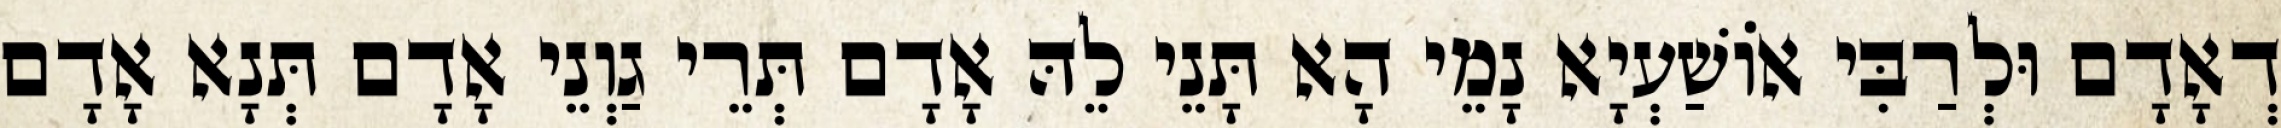
דְאָדָם וּלְרַבִּי אוֹשַׁעְיָא נָמֵי הָא תָּנֵי לֵהּ אָדָם תְּרֵי גַוְנֵי אָדָם תְּנָא אָדָם